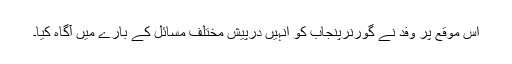
اس موقع پر وفد نے گورنرپنجاب کو انہیں درپیش مختلف مسائل کے بارے میں آگاہ کیا۔